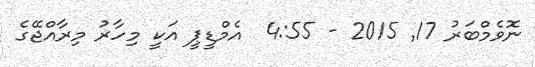
ނޮވެމްބަރު 17